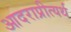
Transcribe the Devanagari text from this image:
आदराप्रीत्यर्थ